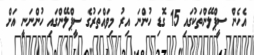
އެހެން ސީޕްލޭންތަކުގައި 15 ގޮޑި ހުންނަ އިރު މިވައްތަރުގެ ސީޕްލޭންގައި ހުންނަނީ އަށް